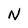
Character: N